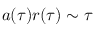
a ( \tau ) r ( \tau ) \sim \tau